Leaving Certificate Examination, 1906
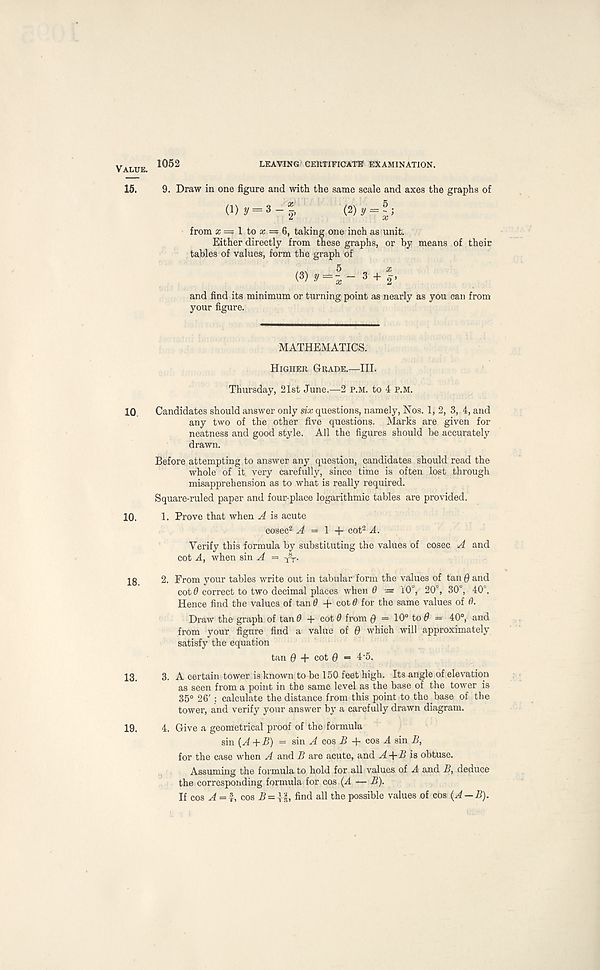
Value.
15.
10
10.
18.
13.
19.
1052
LEAVING CERTIFICATE EXAMINATION.
9. Draw in one figure and with the same scale and axes the graphs of
o>
^y=l’
from a; = 1 to as = 6, taking one inch as unit.
Either directly from these graphs, or by means of their
tables of values, form the graph of
(3)? = *- 3 + |,
and find its minimum or turning point as nearly as you can from
your figure.
MATHEMATICS.
Higher Grade.—III.
Thursday, 21st June.—2 P.M. to 4 P.M.
Candidates should answer only six questions, namely, Nos. 1, 2, 3, 4, and
any two of the other five questions. Marks are given for
neatness and good style. All the figures should be accurately
drawn.
Before attempting to answer any question, candidates should read the
whole of it very carefully, since time is often lost through
misapprehension as to what is really required.
Square-ruled paper and four-place logarithmic tables are provided.
1. Prove that when A is acute
cosec 2 A = \ + cot 2 A.
Verify this formula by substituting the values of cosec A and
cot A, when sin A = y T .
2. From your tables write out in tabular form the values of tan $ and
cot0 correct to two decimal places when 0 — 10°, 20°, 30°, 40°.
Hence find the values of tan 0 -f cot 0 for the same values of 0.
Draw the graph of tan0 -f cot0 from Q = 10° tod = 40°, and
from your figure find a value of 0 which will approximately
satisfy the equation
tan 0 + cot 0 ■ = 4 - 5.
3. A certain tower is known to be 150 feet high. Its angle of elevation
as seen from a point in the same level as the base of the tower is
35° 26' : calculate the distance from this point to the base of the
tower, and verify your answer by a carefully drawn diagram.
4. Give a geometrical proof of the formula
sin {A+B) = sin cos B -f cos A sin B,
for the case when A and B are acute, and A -\-B is obtuse.
Assuming the formula to hold for all values of A and B, deduce
the corresponding formula for cos (A — B).
If cos A = I, cos A = ||, find all the possible values of cos (A — B).